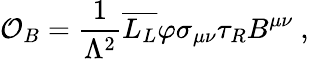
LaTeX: {\cal O}_{B}=\frac{1}{\Lambda^{2}}\overline{{{L_{L}}}}\varphi\sigma_{\mu\nu}\tau_{R}B^{\mu\nu}~,